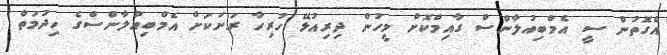
އެގޮތުން ސީ އެމްބިއުލާންސް ގާއިމްކޮށް މީހުން ދިރިއުޅޭ ހުރިހާ ރަށަކަށް އެމްބިއުލާންސްގެ ހިދުމަތް